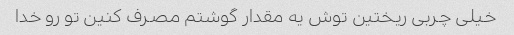
خیلی چربی ریختین توش یه مقدار گوشتم مصرف کنین تو رو خدا